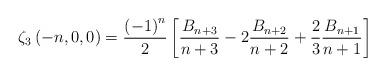
LaTeX: \begin{align*}\zeta_{3}\left(-n,0,0\right)=\frac{\left(-1\right)^{n}}{2}\left[\frac{B_{n+3}}{n+3}-2\frac{B_{n+2}}{n+2}+\frac{2}{3}\frac{B_{n+1}}{n+1}\right]\end{align*}